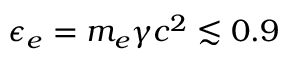
\epsilon _ { e } = m _ { e } \gamma c ^ { 2 } \lesssim 0 . 9